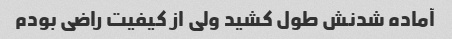
آماده شدنش طول کشید ولی از کیفیت راضی بودم